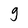
Character: g